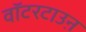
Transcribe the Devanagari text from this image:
वॉटरटाउऩ